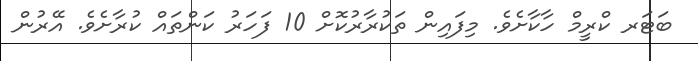
ބަޓަރ ކްރީމް ހާކާށެވެ. މިފައިން ތަކުރާރުކޮށް 10 ފަހަރު ކަންތައް ކުރާށެވެ. އޭރުން